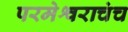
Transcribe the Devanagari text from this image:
परमेश्वराचंच